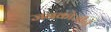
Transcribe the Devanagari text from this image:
जनकोजीने